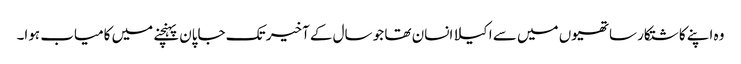
وہ اپنے کاشتکار ساتھیوں میں سے اکیلا انسان تھا جو سال کے آخیر تک جاپان پہنچنے میں کامیاب ہوا۔